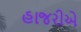
હાજરીએ